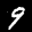
Label: 9